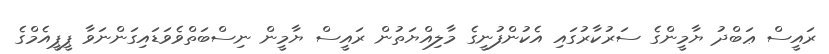
ރައީސް ޢަބްދު ޔާމީންގެ ސަރުކާރުގައި އެކުންފުނީގެ މާލިއްޔަތުން ރައީސް ޔާމީން ނިސްބަތްވެވަޑައިގަންނަވާ ޕީޕީއެމްގެ